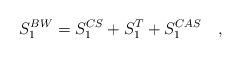
LaTeX: \begin{align*}S_1^{BW}=S_1^{CS}+S_1^T+S_1^{CAS}~~~,\end{align*}